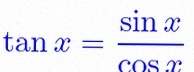
\tan x=\frac{\sin x}{\cos x}